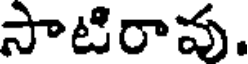
సాటిరావు.